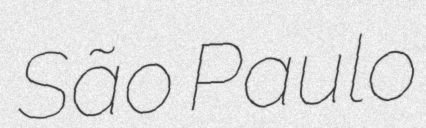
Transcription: São Paulo